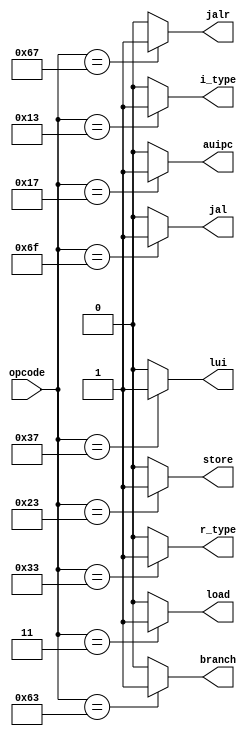
module type_decoder (opcode,r_type,i_type,load,store,branch,jal,jalr,lui,auipc);

    input wire [6:0]opcode;
    
    output reg r_type;
    output reg i_type; 
    output reg load;
    output reg store;
    output reg branch; 
    output reg jal;
    output reg jalr;
    output reg lui;
    output reg auipc;

    always @(*)begin 
        r_type = 1'b0;
        i_type = 1'b0;
        store = 1'b0;
        load = 1'b0;
        branch = 1'b0;
        auipc = 1'b0; 
        jal = 1'b0; 
        jalr = 1'b0; 
        lui = 1'b0; 
        case(opcode)
            7'b0110011:begin 
                r_type = 1'b1;
            end 
            7'b0010011:begin 
                i_type = 1'b1;
            end
            7'b0100011:begin 
                store = 1'b1;
            end
            7'b0000011:begin 
                load = 1'b1;
            end
            7'b1100011:begin 
                branch = 1'b1;
            end
            7'b0010111:begin 
                auipc = 1'b1;
            end
            7'b1101111:begin 
                jal = 1'b1;
            end
            7'b1100111:begin 
                jalr = 1'b1;
            end
            7'b0110111:begin 
                lui = 1'b1;
            end

            default:begin 
                r_type = 1'b0;
                i_type = 1'b0;
                store= 1'b0;
                load = 1'b0;
                branch = 1'b0;
                auipc = 1'b0;
                jal = 1'b0; 
                jalr = 1'b0; 
                lui = 1'b0; 
            end
        endcase
    end  
endmodule